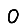
Digit: 0